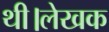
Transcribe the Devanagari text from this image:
थी।लेखक